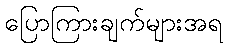
ပြောကြားချက်များအရ